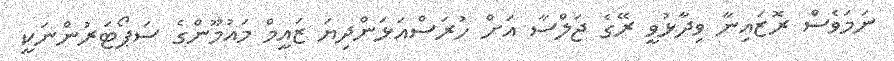
ނަމަވެސް ރޮޒައިނާ ވިދާޅުވީ ރޭގެ ޖަލްސާ އަށް ހުރަސްއަޅަންދިޔަ ޒައީމް މައުމޫންގެ ސަޕޯޓަރުންނަކީ